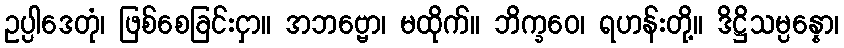
ဥပ္ပါဒေတုံ၊ ဖြစ်စေခြင်းငှာ။ အဘဗ္ဗော၊ မထိုက်။ ဘိက္ခဝေ၊ ရဟန်းတို့။ ဒိဋ္ဌိသမ္ပန္နော၊